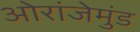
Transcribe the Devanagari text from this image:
ओरांजेमुंड